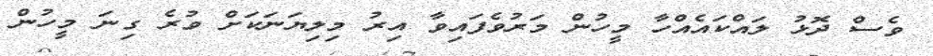
ވެސް ދޮޅު ލައްކައެއްހާ މީހުން މަރުވެފައިވާ އިރު މިލިޔަނަކަށް ވުރެ ގިނަ މީހުން